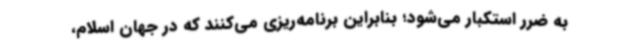
به ضرر استکبار می‌شود؛ بنابراین برنامه‌ریزی می‌کنند که در جهان اسلام،